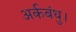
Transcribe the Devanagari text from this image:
अर्कबंधु।